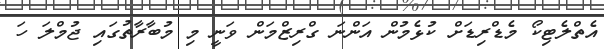
އެތްލެޓިކޯ މެޑްރިޑަށް ކުޅެމުން އަންނަ ގްރިޒްމަން ވަނީ މި މުބާރާތުގައި ޖުމްލަ ހަ